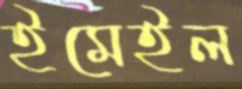
ইমেইল